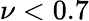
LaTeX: \nu<0.7